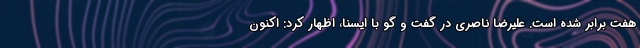
هفت برابر شده است. علیرضا ناصری در گفت و گو با ایسنا، اظهار کرد: اکنون